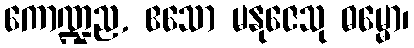
ကောဏ္ဍည, ဧသော မနုဇေသု ဓမ္မော၊